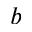
b